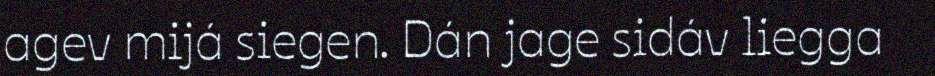
agev mijá siegen. Dán jage sidáv liegga